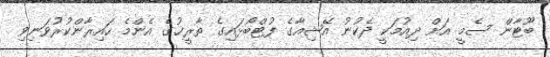
ބޫޓާން ސެމީ އަށް ދިއުމަކީ ދެކުނު އޭޝިއާގެ ފުޓްބޯޅައިގެ ތާރީޚުގެ އެންމެ ހައިރާންކުރުވަނިވި